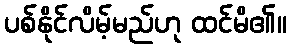
ပစ်နိုင်လိမ့်မည်ဟု ထင်မိ၏။